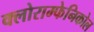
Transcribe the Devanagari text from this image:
क्लोराम्फेनिकोल